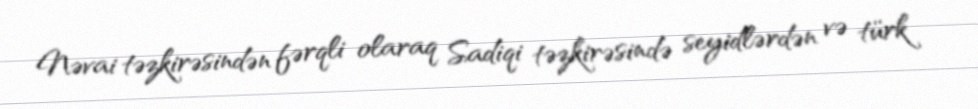
Nəvai təzkirəsindən fərqli olaraq Sadiqi təzkirəsində seyidlərdən və türk